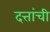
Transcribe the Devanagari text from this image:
दत्तांची